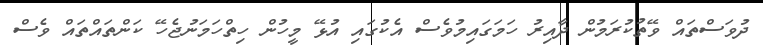
ދުވަސްތައް ވޭތުކުރަމުން ދާއިރު ހަމަގައިމުވެސް އެކުގައި އުޅޭ މީހުން ހިތްހަމަނުޖެހޭ ކަންތައްތައް ވެސް